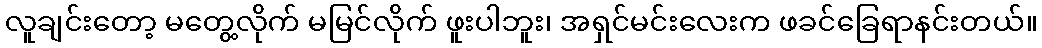
လူချင်းတော့ မတွေ့လိုက် မမြင်လိုက် ဖူးပါဘူး၊ အရှင်မင်းလေးက ဖခင်ခြေရာနင်းတယ်။